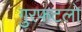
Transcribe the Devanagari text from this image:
गुरफटलो